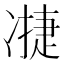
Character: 𮰇